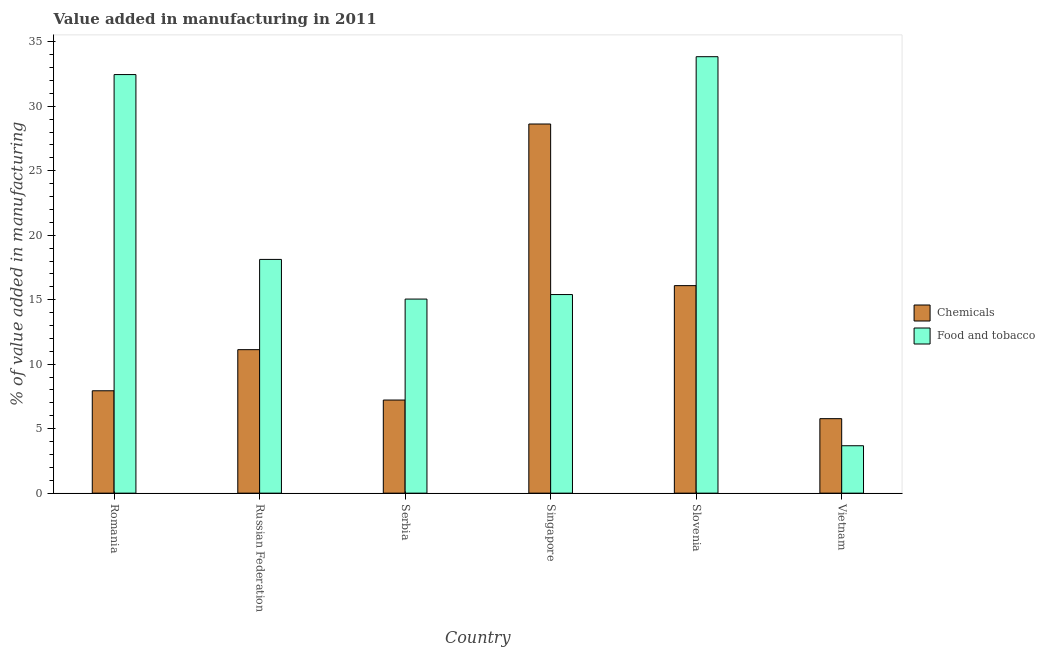
| Country | Chemicals | Food and tobacco |
 | --- | --- | --- |
 | Romania | 7.94 | 32.5 |
 | Russian Federation | 11.1 | 18.1 |
 | Serbia | 7.22 | 15 |
 | Singapore | 28.6 | 15.4 |
 | Slovenia | 16.1 | 33.8 |
 | Vietnam | 5.78 | 3.68 |